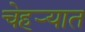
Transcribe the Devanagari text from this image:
चेहऱ्यात